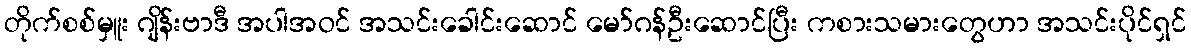
တိုက်စစ်မှူး ဂျိန်းဗာဒီ အပါအဝင် အသင်းခေါင်းဆောင် မော်ဂန်ဦးဆောင်ပြီး ကစားသမားတွေဟာ အသင်းပိုင်ရှင်